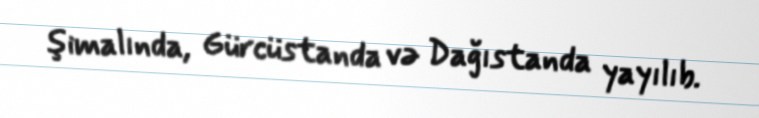
şimalında, Gürcüstanda və Dağıstanda yayılıb.